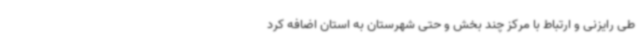
طی رایزنی و ارتباط با مرکز چند بخش و حتی شهرستان به استان اضافه کرد